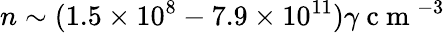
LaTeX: n\sim(1.5\times 10^{8}-7.9\times 10^{11})\gamma\mathrm{~c~m~}^{-3}